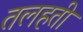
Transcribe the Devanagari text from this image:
तलहती